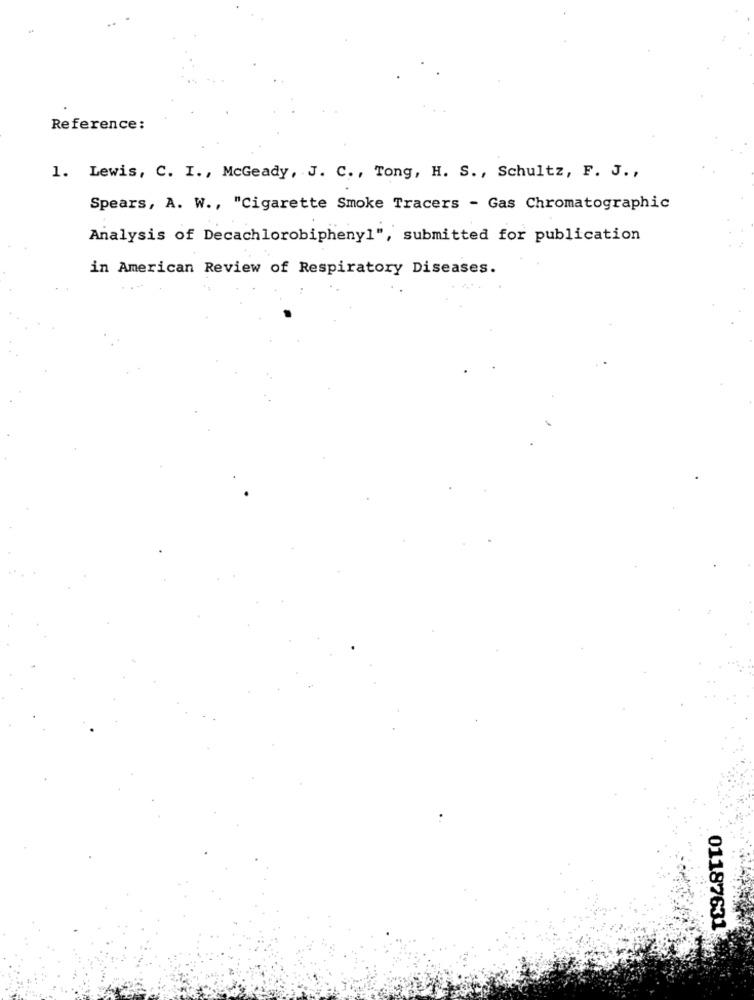
Reference:
1. Lewis, C. I ., McGeady, J. C ., Tong, H. S ., Schultz, F. J. ,
Spears, A. W ., "Cigarette Smoke Tracers - Gas Chromatographic
Analysis of Decachlorobipheny1", submitted for publication
in American Review of Respiratory Diseases.
01187631